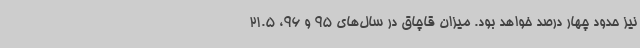
نیز حدود چهار درصد خواهد بود. میزان قاچاق در سال‌های 95 و 96، 21.5